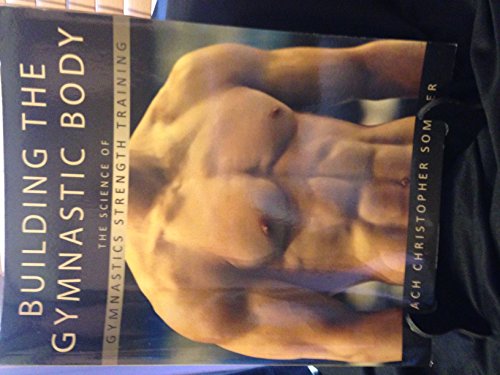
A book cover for Building the Gymnastic Body: The Science of Gymnastics Strength Training; Christopher Sommer; Sports & Outdoors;